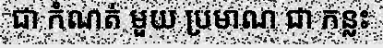
ជា កំណត់ មួយ ប្រមាណ ជា កន្លះ